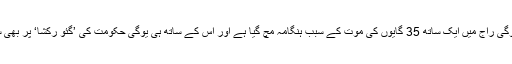
ان سب کے باوجود یوگی راج میں ایک ساتھ 35 گایوں کی موت کے سبب ہنگامہ مچ گیا ہے اور اس کے ساتھ ہی یوگی حکومت کی ’گئو رکشا‘ پر بھی سوال اٹھنے لگے ہیں۔